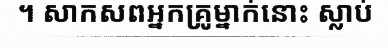
។ សាកសពអ្នកគ្រូម្នាក់នោះ ស្លាប់